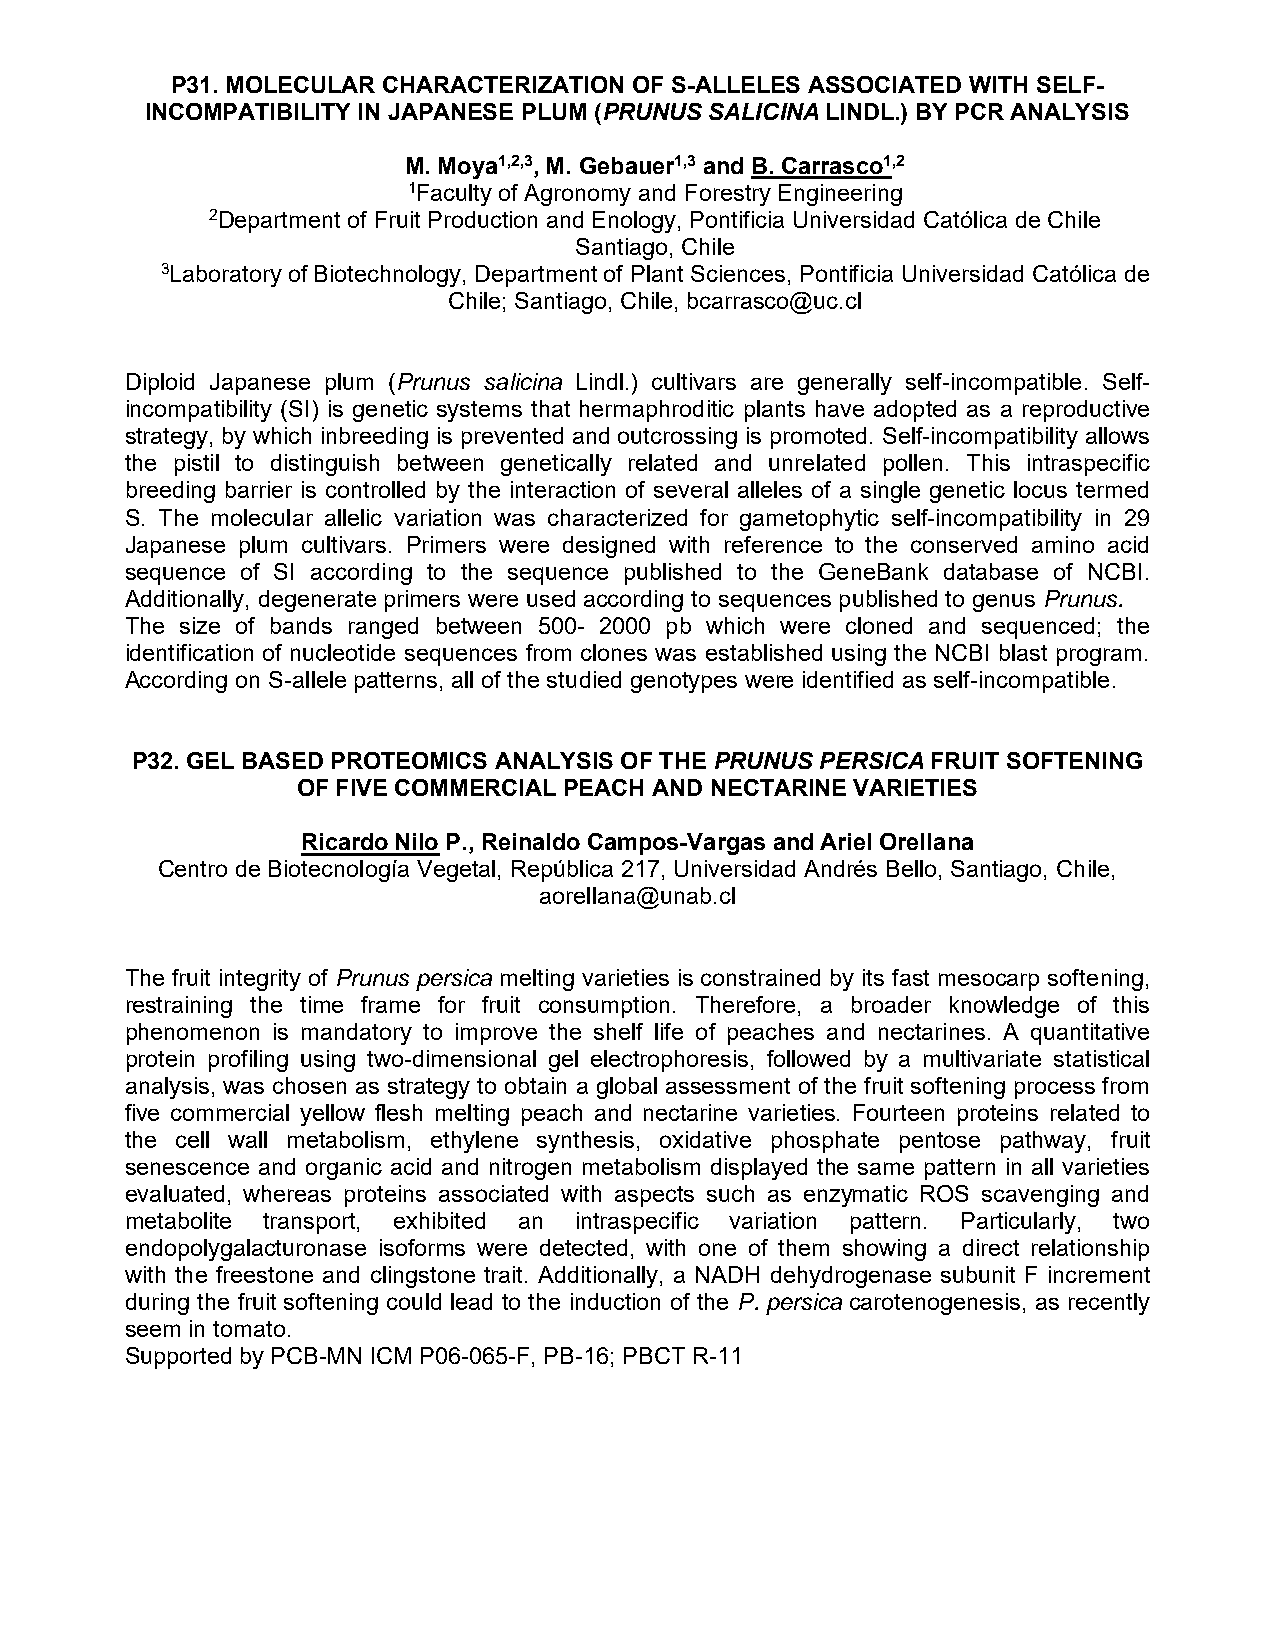
P31. MOLECULAR CHARACTERIZATION OF S-ALLELES ASSOCIATED WITH SELF-
 INCOMPATIBILITY IN JAPANESE PLUM (PRUNUS SALICINA LINDL.) BY PCR ANALYSIS
 M. Moya1,2,3, M. Gebauer1,3 and B. Carrasco1,2
 1Faculty of Agronomy and Forestry Engineering
 2Department of Fruit Production and Enology, Pontificia Universidad Católica de Chile
 Santiago, Chile
 3Laboratory of Biotechnology, Department of Plant Sciences, Pontificia Universidad Católica de
 Chile; Santiago, Chile, bcarrasco@uc.cl
 Diploid Japanese plum (Prunus salicina Lindl.) cultivars are generally self-incompatible. Self-
 incompatibility (SI) is genetic systems that hermaphroditic plants have adopted as a reproductive
 strategy, by which inbreeding is prevented and outcrossing is promoted. Self-incompatibility allows
 the pistil to distinguish between genetically related and unrelated pollen. This intraspecific
 breeding barrier is controlled by the interaction of several alleles of a single genetic locus termed
 S. The molecular allelic variation was characterized for gametophytic self-incompatibility in 29
 Japanese plum cultivars. Primers were designed with reference to the conserved amino acid
 sequence of SI according to the sequence published to the GeneBank database of NCBI.
 Additionally, degenerate primers were used according to sequences published to genus Prunus.
 The size of bands ranged between 500- 2000 pb which were cloned and sequenced; the
 identification of nucleotide sequences from clones was established using the NCBI blast program.
 According on S-allele patterns, all of the studied genotypes were identified as self-incompatible.
 P32. GEL BASED PROTEOMICS ANALYSIS OF THE PRUNUS PERSICA FRUIT SOFTENING
 OF FIVE COMMERCIAL PEACH AND NECTARINE VARIETIES
 Ricardo Nilo P., Reinaldo Campos-Vargas and Ariel Orellana
 Centro de Biotecnología Vegetal, República 217, Universidad Andrés Bello, Santiago, Chile,
 aorellana@unab.cl
 The fruit integrity of Prunus persica melting varieties is constrained by its fast mesocarp softening,
 restraining the time frame for fruit consumption. Therefore, a broader knowledge of this
 phenomenon is mandatory to improve the shelf life of peaches and nectarines. A quantitative
 protein profiling using two-dimensional gel electrophoresis, followed by a multivariate statistical
 analysis, was chosen as strategy to obtain a global assessment of the fruit softening process from
 five commercial yellow flesh melting peach and nectarine varieties. Fourteen proteins related to
 the cell wall metabolism, ethylene synthesis, oxidative phosphate pentose pathway, fruit
 senescence and organic acid and nitrogen metabolism displayed the same pattern in all varieties
 evaluated, whereas proteins associated with aspects such as enzymatic ROS scavenging and
 metabolite transport, exhibited an intraspecific variation pattern. Particularly, two
 endopolygalacturonase isoforms were detected, with one of them showing a direct relationship
 with the freestone and clingstone trait. Additionally, a NADH dehydrogenase subunit F increment
 during the fruit softening could lead to the induction of the P. persica carotenogenesis, as recently
 seem in tomato.
 Supported by PCB-MN ICM P06-065-F, PB-16; PBCT R-11